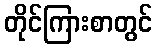
တိုင်ကြားစာတွင်